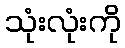
သုံးလုံးကို